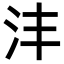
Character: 沣